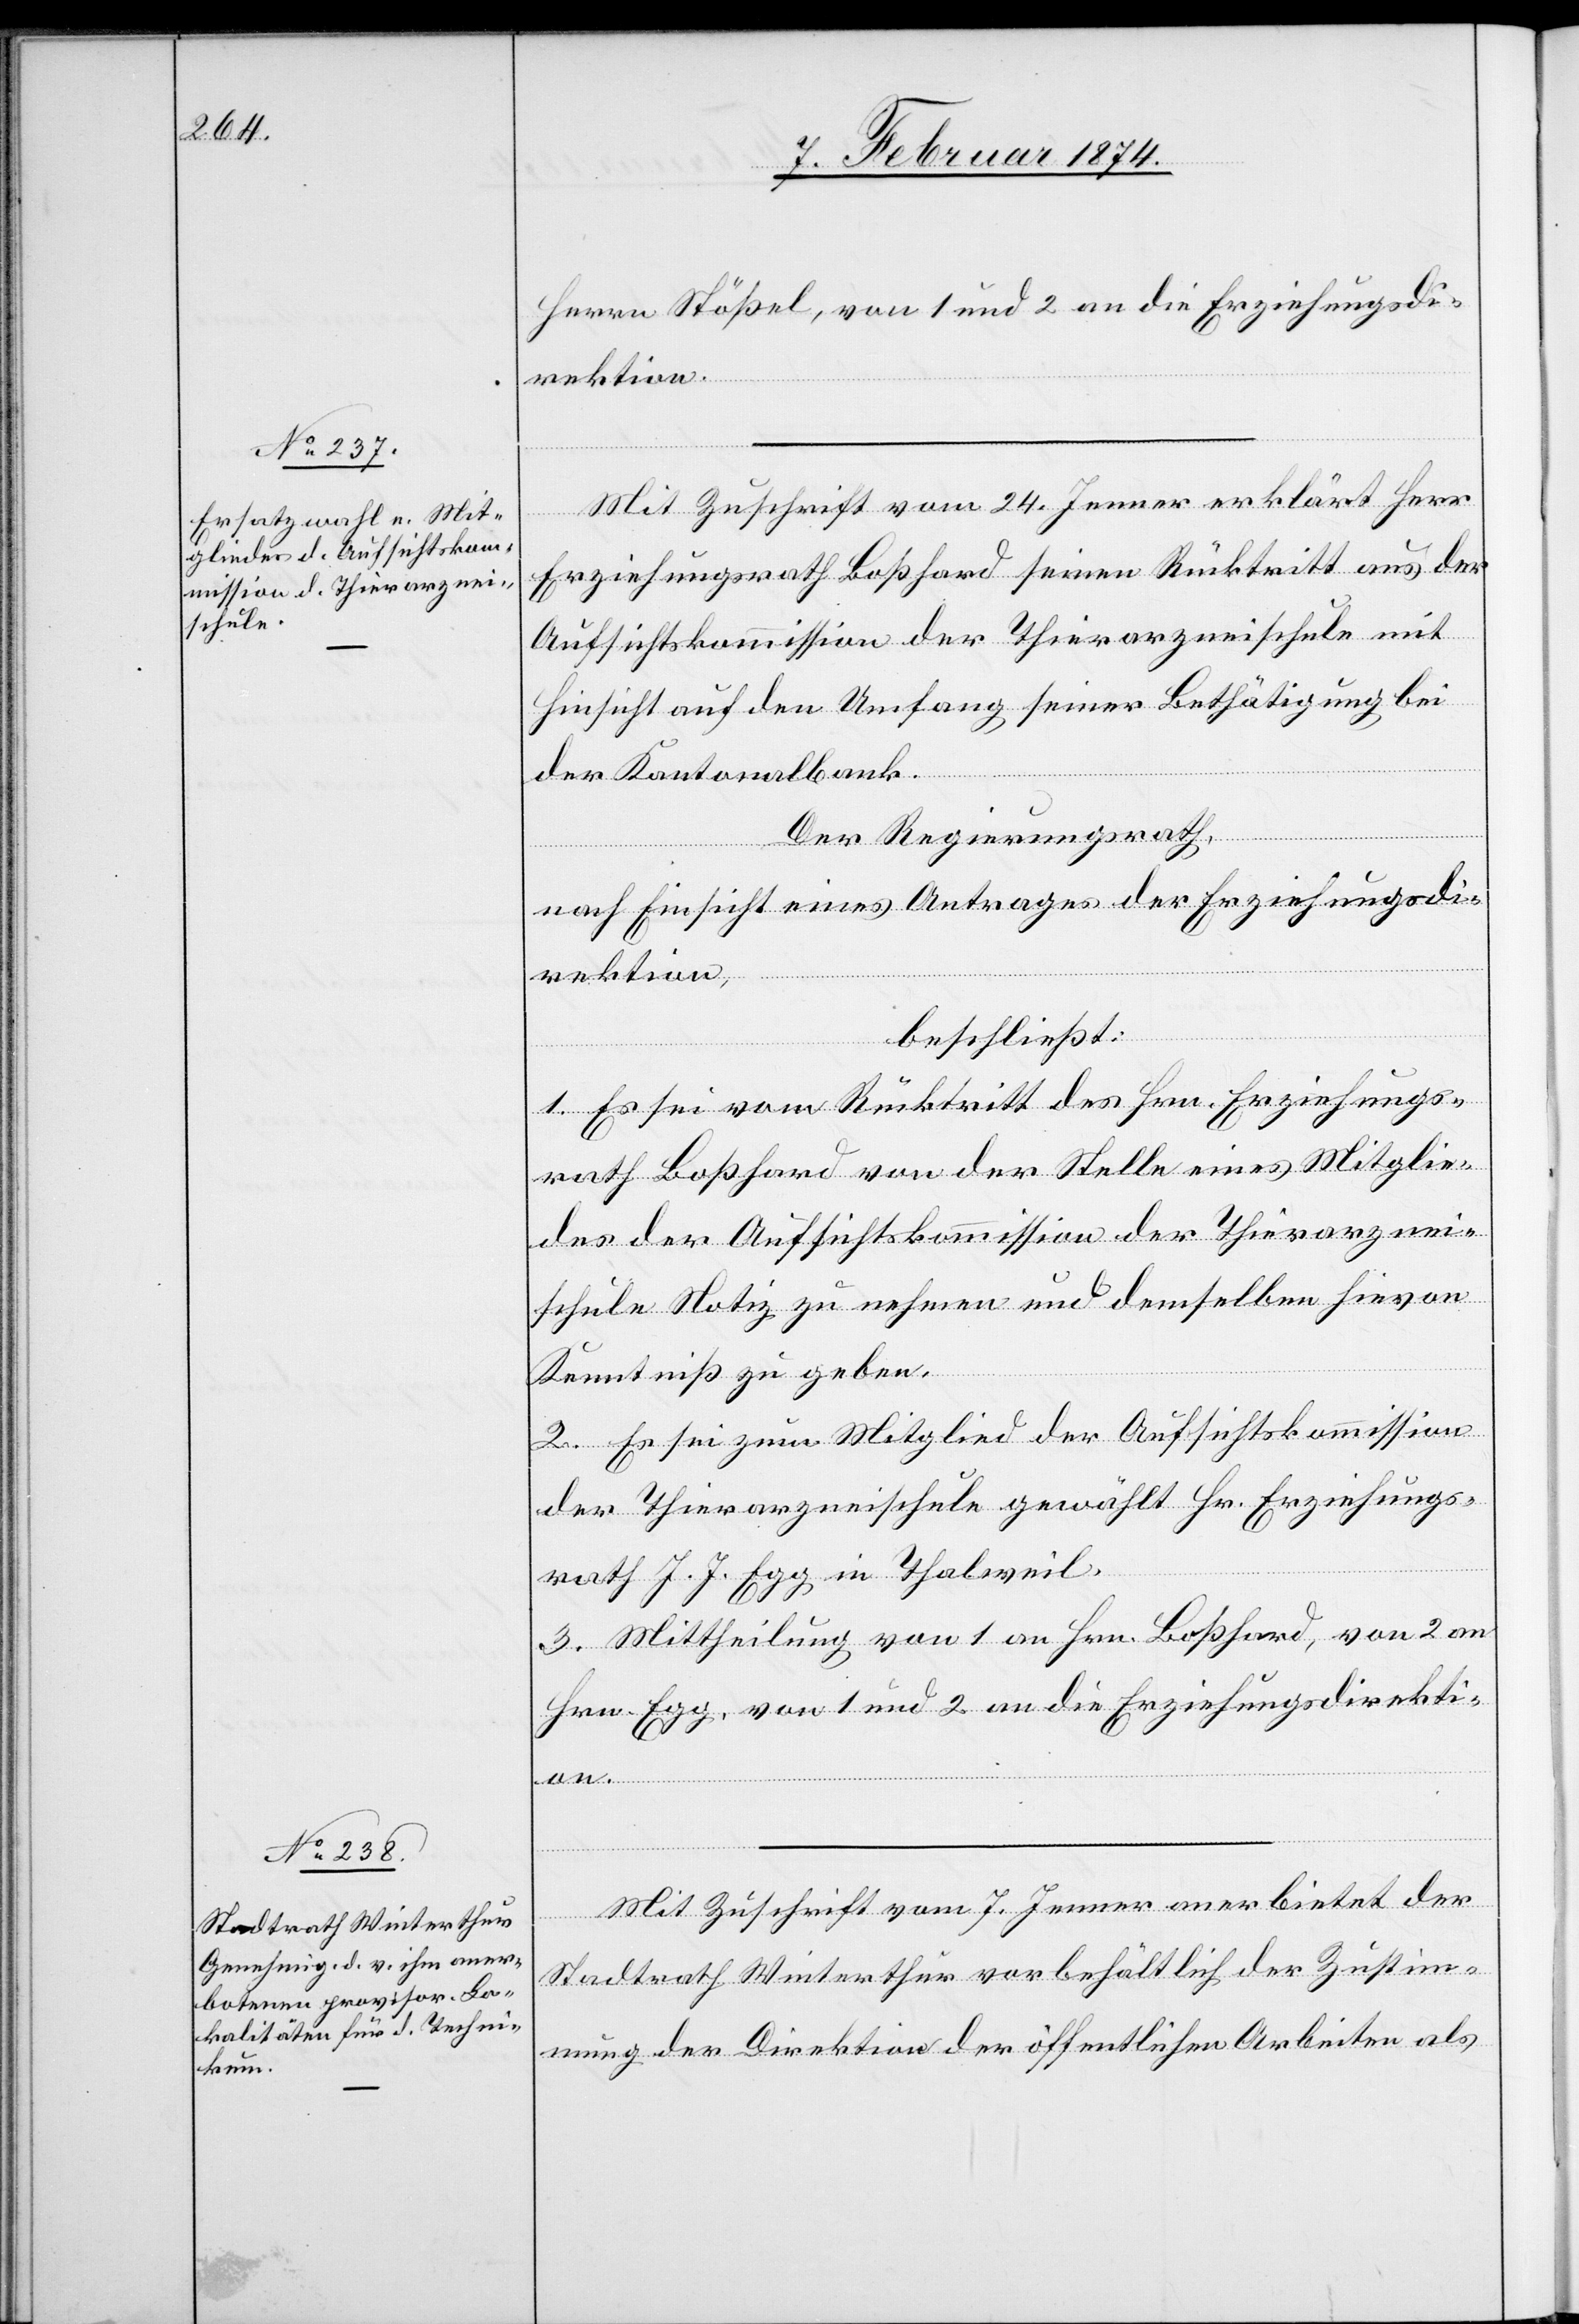
Herrn Stößel, von 1 und 2 an die Erziehungsdi¬
rektion.
Mit Zuschrift vom 24. Jenner erklärt Herr
Erziehungsrath Boßhard seinen Rücktritt aus der
Aufsichtskommission der Thierarzneischule mit
Hinsicht auf den Umfang seiner Bethätigung bei
der Kantonalbank.
Der Regierungsrath,
nach Einsicht eines Antrages der Erziehungsdi¬
rektion,
beschließt:
1. Es sei vom Rücktritt des Hrn. Erziehungs¬
rath Boßhard von der Stelle eines Mitglie¬
des der Aufsichtskommission der Thierarznei¬
schule Notiz zu nehmen und demselben hievon
Kenntniß zu geben.
2. Es sei zum Mitglied der Aufsichtskommission
der Thierarzneischule gewählt Hr. Erziehungs¬
rath J. J. Egg in Thalweil.
3. Mittheilung von 1 an Hrn. Boßhard, von 2 an
Hrn. Egg, von 1 und 2 an die Erziehungsdirekti¬
on.
Mit Zuschrift vom 7. Jenner anerbietet der
Stadtrath Winterthur vorbehältlich der Zustim¬
mung der Direktion der öffentlichen Arbeiten als